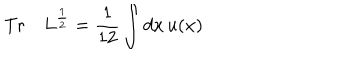
\mathrm { T r } \quad L ^ { \frac { 1 } { 2 } } = { \frac { 1 } { 1 2 } } \int d x \, u ( x )